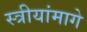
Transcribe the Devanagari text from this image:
स्त्रीयांमागे